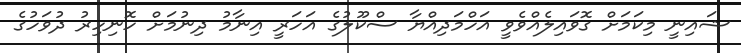
ޝައިނީ މިކަމަށް ގޮވައިލެއްވެވީ އަހްމަދިއްޔާ ސްކޫލުގެ އަހަރީ އިނާމު ދިނުމަށް ހޮނިހިރު ދުވަހުގެ